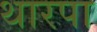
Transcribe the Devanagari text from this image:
थारपा